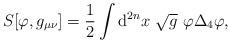
LaTeX: \begin{align*}S[\varphi ,g_{\mu \nu }]=\frac{1}{2}\int {\rm d}^{2n}x~\sqrt{g}~\varphi\Delta _{4}\varphi ,\end{align*}